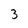
Character: 3